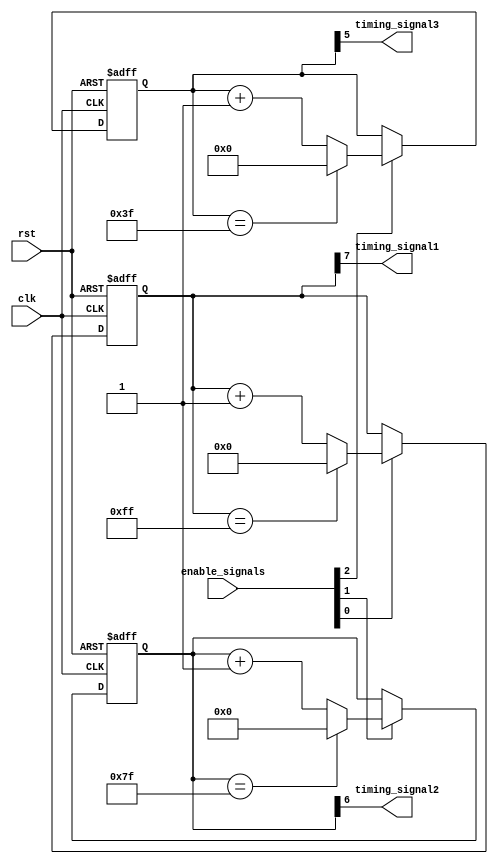
module Multirate_Timer(
    input wire clk,
    input wire rst,
    input wire [3:0] enable_signals,
    output wire timing_signal1,
    output wire timing_signal2,
    output wire timing_signal3
);

reg [7:0] counter1;
reg [6:0] counter2;
reg [5:0] counter3;

always @(posedge clk or posedge rst) begin
    if(rst) begin
        counter1 <= 8'b0;
        counter2 <= 7'b0;
        counter3 <= 6'b0;
    end else begin
        if(enable_signals[0]) begin
            if(counter1 == 8'd255) counter1 <= 8'b0;
            else counter1 <= counter1 + 1;
        end
        
        if(enable_signals[1]) begin
            if(counter2 == 7'd127) counter2 <= 7'b0;
            else counter2 <= counter2 + 1;
        end
        
        if(enable_signals[2]) begin
            if(counter3 == 6'd63) counter3 <= 6'b0;
            else counter3 <= counter3 + 1;
        end
    end
end

assign timing_signal1 = counter1[7];
assign timing_signal2 = counter2[6];
assign timing_signal3 = counter3[5];

endmodule